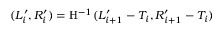
( L _ { i } ^ { \prime } , R _ { i } ^ { \prime } ) = \mathrm { H } ^ { - 1 } ( L _ { i + 1 } ^ { \prime } - T _ { i } , R _ { i + 1 } ^ { \prime } - T _ { i } )